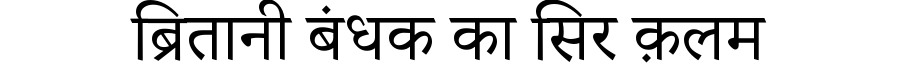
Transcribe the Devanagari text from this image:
ब्रितानी बंधक का सिर क़लम